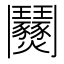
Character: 𩰟